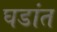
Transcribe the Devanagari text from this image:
घडांत